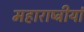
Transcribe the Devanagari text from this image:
महाराष्ट्रीयां